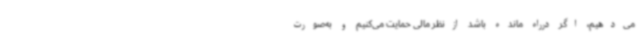
می‌دهیم، اگر درراه مانده باشد ازنظر مالی حمایت می‌کنیم و به‌صورت